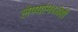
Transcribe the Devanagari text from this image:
लेण्यांमध्येही